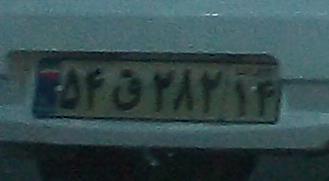
۵۴ق۲۸۲۱۴